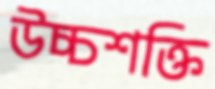
উচ্চশক্তি